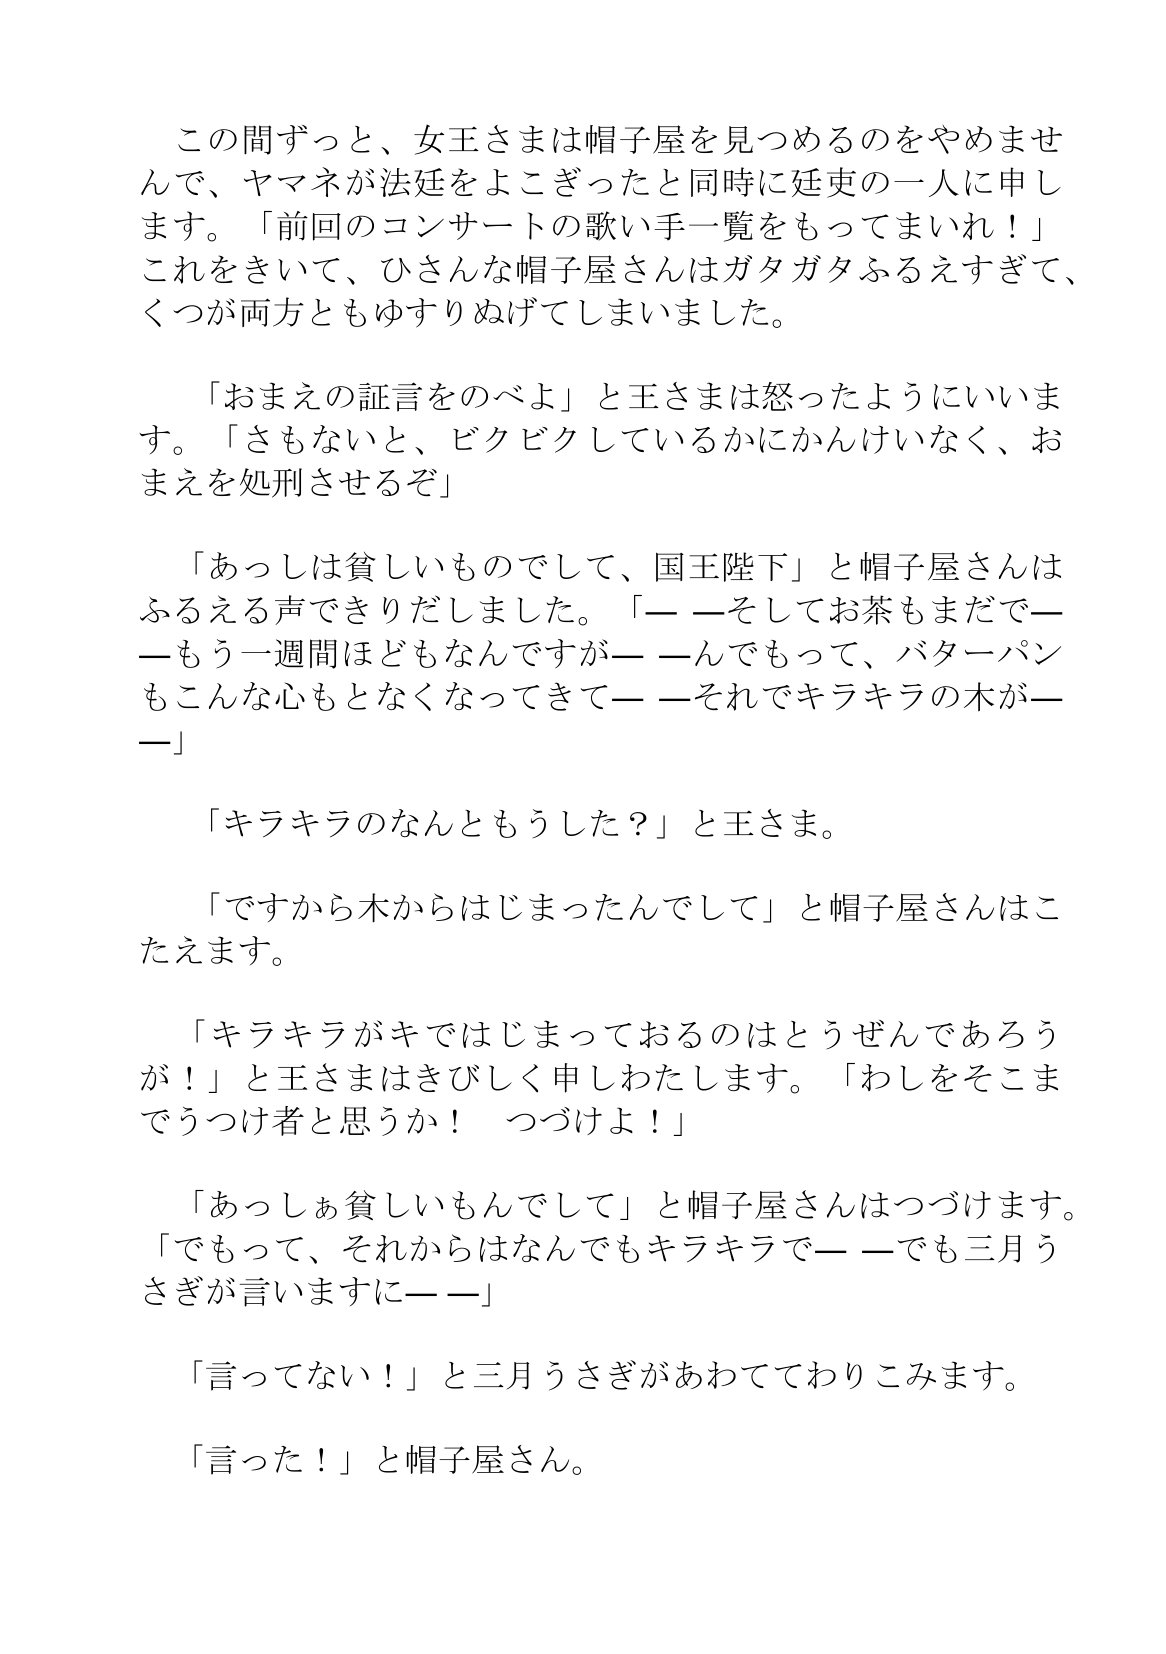
Language: ja